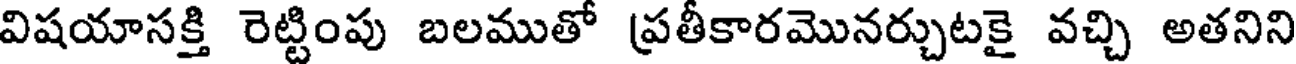
విషయాసక్తి రెట్టింపు బలముతో ప్రతీకారమొనర్చుటకై వచ్చి అతనిని